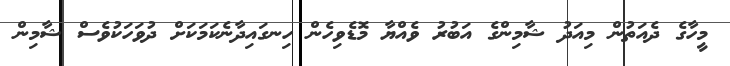
މީހާގެ ދެއަތުން މިއަދު ޝާމިންގެ އަބުރު ވެއްޔާ މޮޑެވިހެން ހިނގައިދާނެކަމަކަށް ދުވަހަކުވެސް ޝާމިން